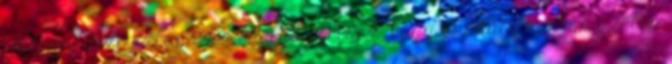
testben. Fizikailag ez a energiatorlasz, vagy akadály minták széles